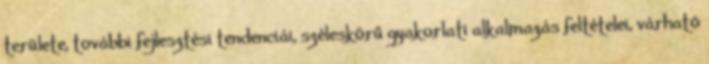
területe, további fejlesztési tendenciái, széleskörű gyakorlati alkalmazás feltételei, várható